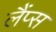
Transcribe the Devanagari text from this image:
लैंप्स